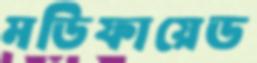
মডিফায়েড